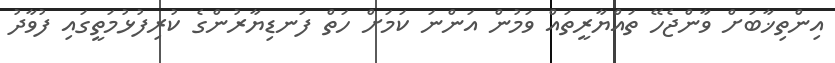
އިންތިޚާބަށް ވާންޖެހޭ ތައްޔާރީތައް ވަމުން އަންނަ ކަމަށް ހަތް ފަނޑިޔާރުންގެ ކުރިފުޅުމަތީގައި ފުވާދު